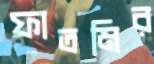
ফাতমির